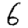
Digit: 6